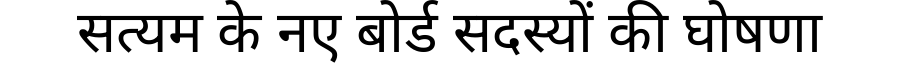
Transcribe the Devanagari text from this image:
सत्यम के नए बोर्ड सदस्यों की घोषणा